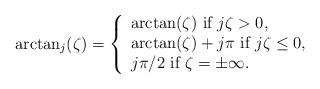
LaTeX: \begin{align*}\arctan_{j}(\zeta)=\left\{\begin{array}{l}\arctan(\zeta)\mbox{ if }j\zeta > 0,\\ \arctan(\zeta)+j\pi \mbox{ if }j\zeta\le 0,\\ j\pi/2 \mbox{ if } \zeta=\pm \infty.\end{array}\right.\end{align*}